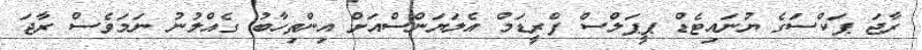
ރާޖަ ޕަކްސަގެ ޔުނައިޓެޑް ޕީޕަލްސް ފްރީޑަމް އެލަޔަންސްއަށް އިންތިހާބު ގެއްލުނު ނަމަވެސް ރާޖަ